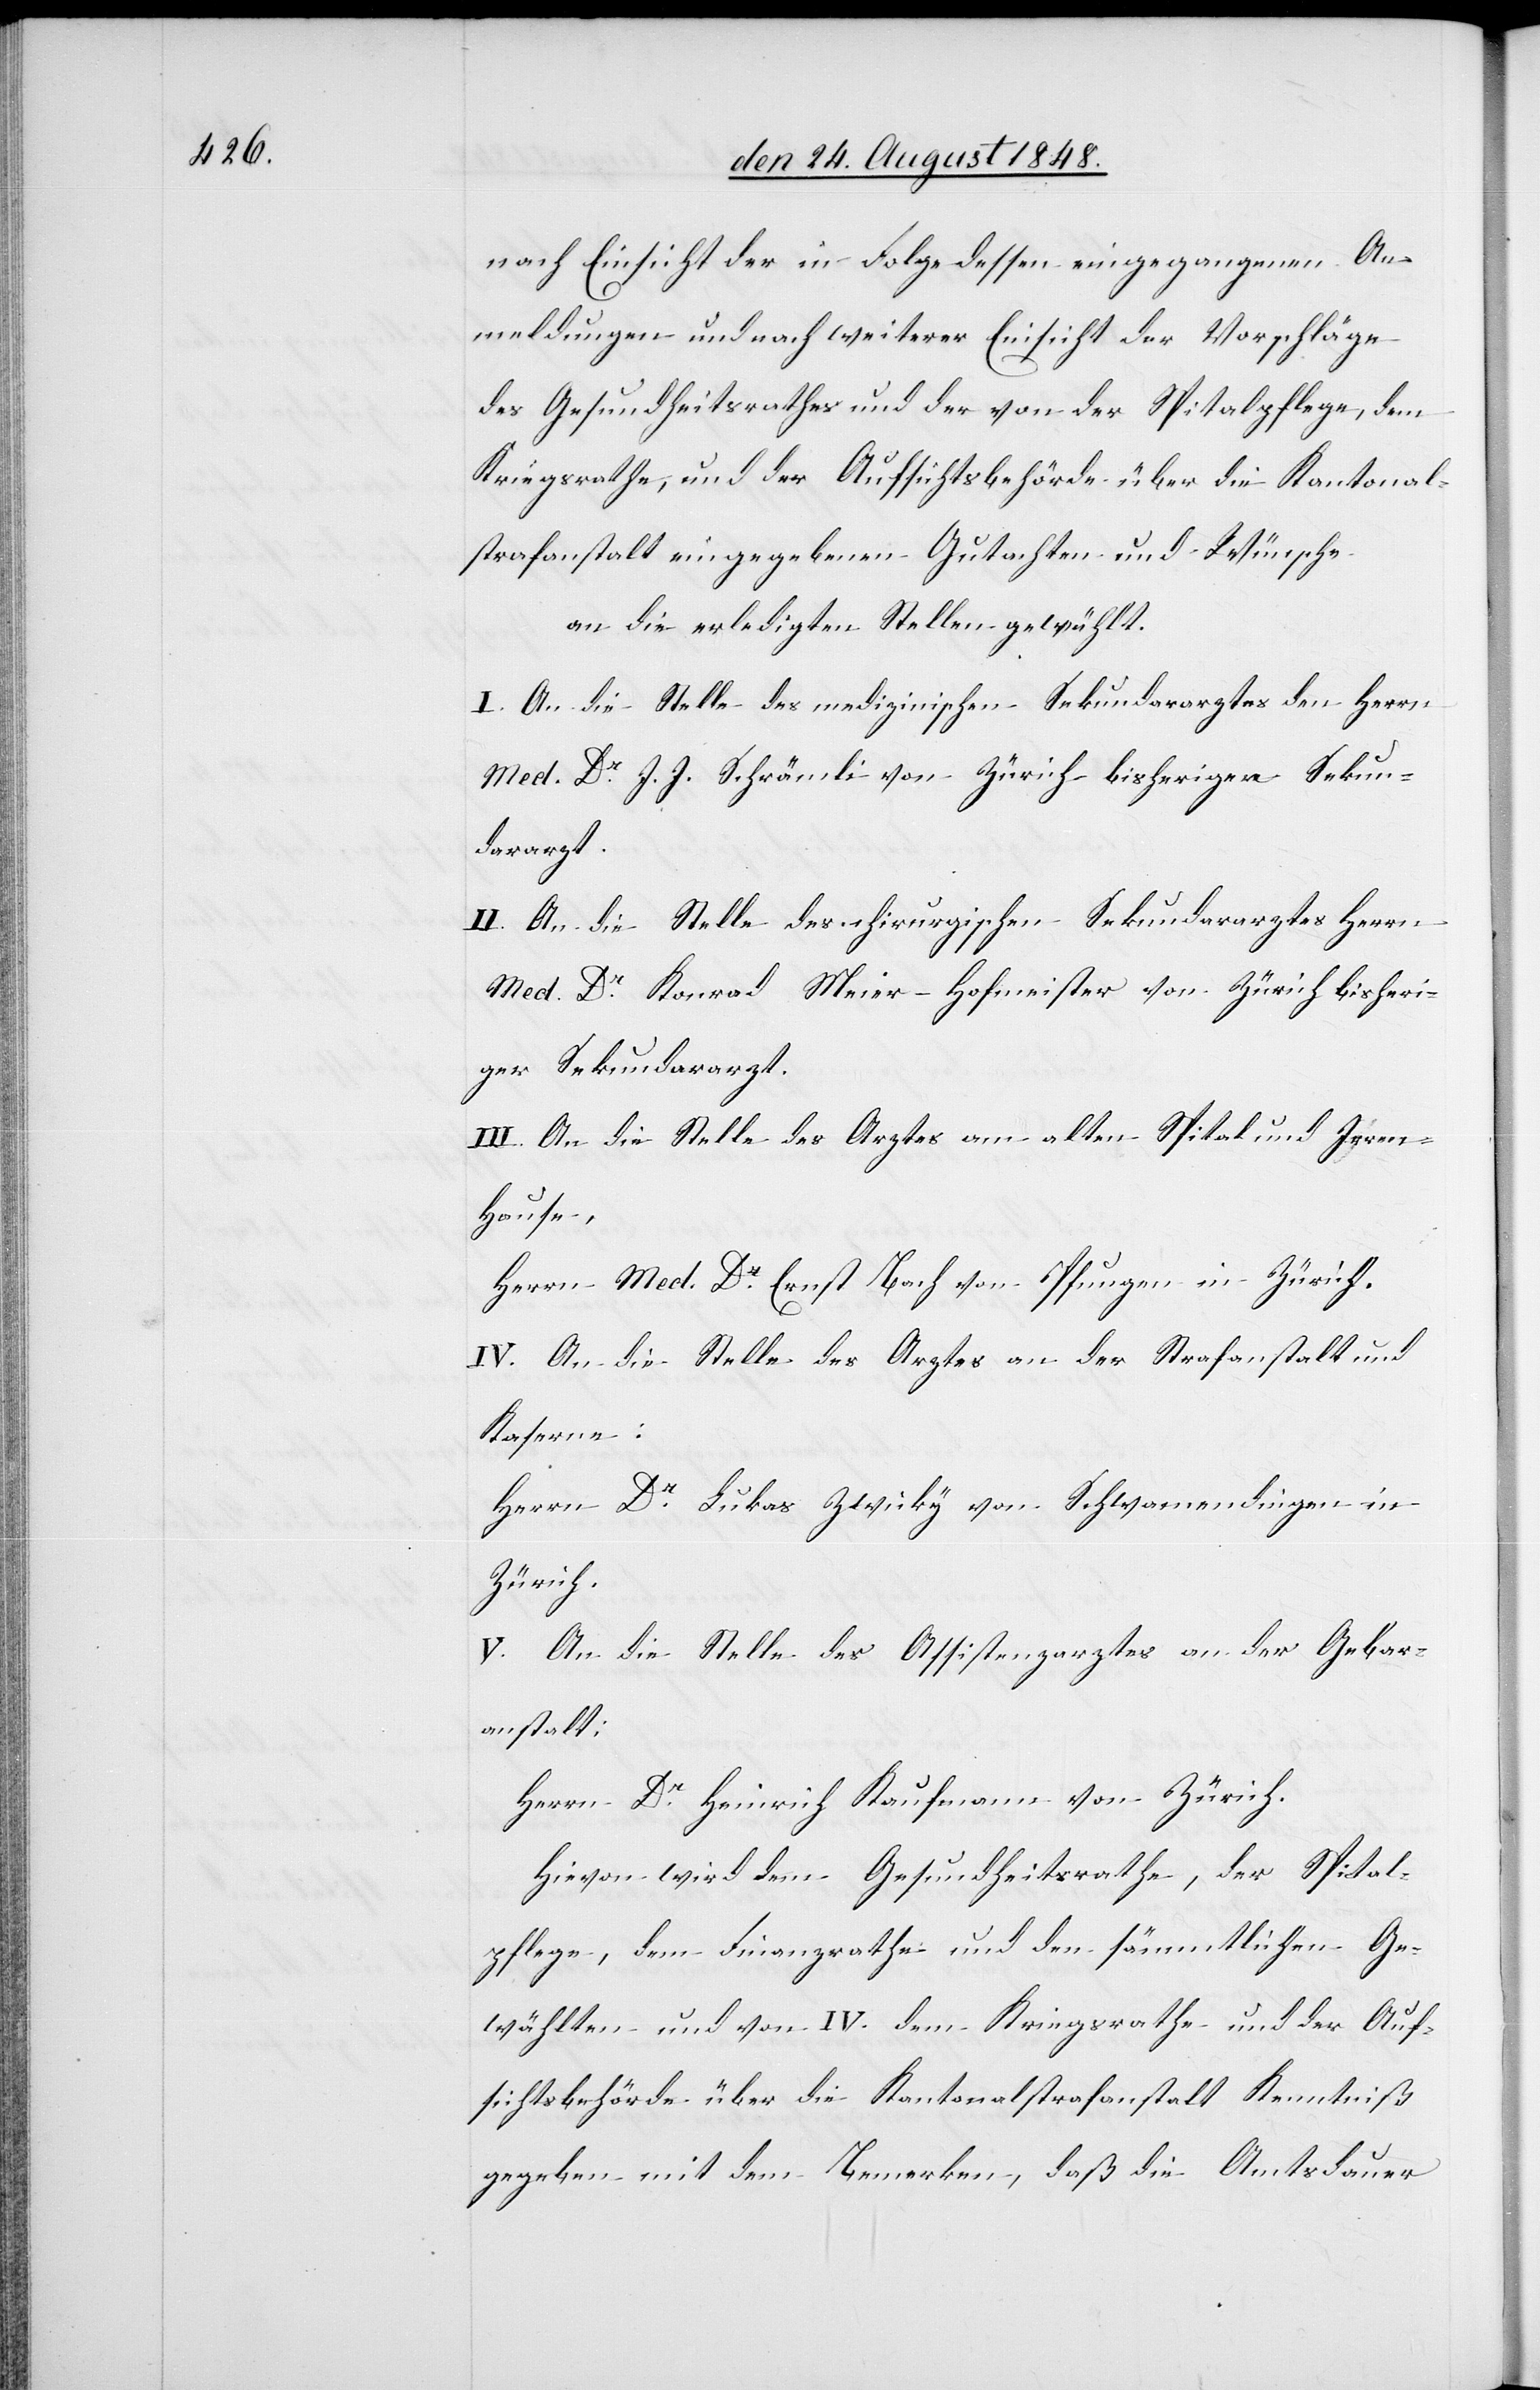
nach Einsicht der in Folge dessen eingegangenen An¬
meldungen und nach weiterer Einsicht der Vorschläge
des Gesundheitsrathes und der von der Spitalpflege, dem
Kriegsrath, und der Aufsichtsbehörde über die Kantonal¬
strafanstalt eingegebenen Gutachten und Wünsche
an die erledigten Stellen gewählt
I. An die Stelle des medizinischen Sekundararztes den Herrn
Med. Dr J. J. Schrämli von Zürich bisherigen Sekun¬
dararzt.
II. An die Stelle des chirurgischen Sekundararztes Herrn
Med. Dr Konrad Meier-Hofmeister von Zürich bisheri¬
ger Sekundararzt.
III. An die Stelle des Arztes am alten Spital und Irren¬
hause,
Herrn Med. Dr Ernst Bach von Pfungen in Zürich.
IV. An die Stelle des Arztes an der Strafanstalt und
Kaserne:
Herrn Dr Lukas Zwicky von Schwamendingen in
Zürich.
V. An die Stelle des Assistenzarztes an der Gebar¬
anstalt
Herrn Dr Heinrich Kaufmann von Zürich.
Hievon wird dem Gesundheitsrathe, der Spital¬
pflege, dem Finanzrathe und den sämmtlichen Ge¬
wählten und von IV. dem Kriegsrathe und der Auf¬
sichtsbehörde über die Kantonalstrafanstalt Kenntniß
gegeben mit dem Bemerken, daß die Amtsdauer